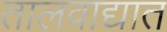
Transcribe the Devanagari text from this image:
तालवाद्यात